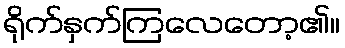
ရိုက်နှက်ကြလေတော့၏။